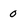
Character: 0